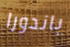
باندورا